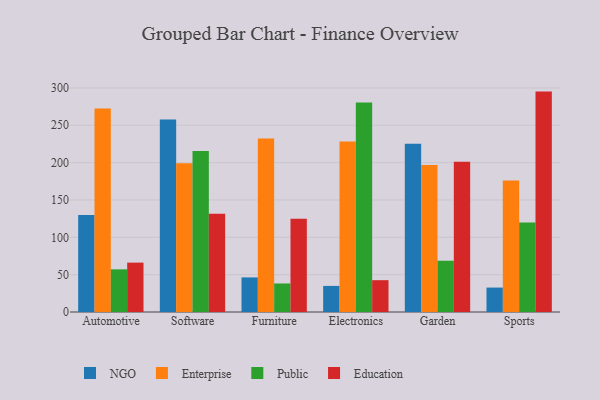
{"axis": {"x": "Category", "y": "Churn Rate (%)"}, "legend": ["Education", "Enterprise", "NGO", "Public"], "data": [{"x": "Automotive", "y": 129.8, "type": "NGO"}, {"x": "Automotive", "y": 272.5, "type": "Enterprise"}, {"x": "Automotive", "y": 57.1, "type": "Public"}, {"x": "Automotive", "y": 66.1, "type": "Education"}, {"x": "Software", "y": 257.7, "type": "NGO"}, {"x": "Software", "y": 199.1, "type": "Enterprise"}, {"x": "Software", "y": 215.7, "type": "Public"}, {"x": "Software", "y": 131.5, "type": "Education"}, {"x": "Furniture", "y": 46.3, "type": "NGO"}, {"x": "Furniture", "y": 232.3, "type": "Enterprise"}, {"x": "Furniture", "y": 38.2, "type": "Public"}, {"x": "Furniture", "y": 124.9, "type": "Education"}, {"x": "Electronics", "y": 34.9, "type": "NGO"}, {"x": "Electronics", "y": 228.2, "type": "Enterprise"}, {"x": "Electronics", "y": 280.5, "type": "Public"}, {"x": "Electronics", "y": 42.6, "type": "Education"}, {"x": "Garden", "y": 225.3, "type": "NGO"}, {"x": "Garden", "y": 196.8, "type": "Enterprise"}, {"x": "Garden", "y": 68.5, "type": "Public"}, {"x": "Garden", "y": 201.1, "type": "Education"}, {"x": "Sports", "y": 32.7, "type": "NGO"}, {"x": "Sports", "y": 176.0, "type": "Enterprise"}, {"x": "Sports", "y": 119.8, "type": "Public"}, {"x": "Sports", "y": 295.1, "type": "Education"}]}